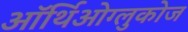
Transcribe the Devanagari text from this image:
ऑर्थिओग्लुकोज